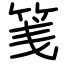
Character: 䇳